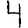
Digit: 4